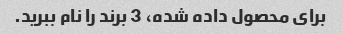
برای محصول داده شده، 3 برند را نام ببرید.